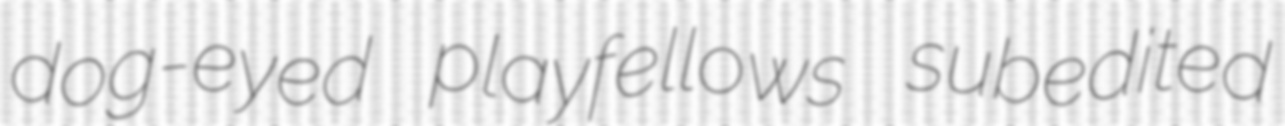
dog-eyed playfellows subedited